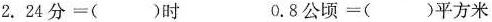
2. 24分=()时 0.8公顷=()平方米